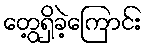
တွေ့ရှိခဲ့ကြောင်း